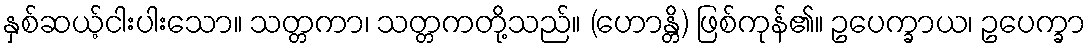
နှစ်ဆယ့်ငါးပါးသော။ သတ္တကာ၊ သတ္တကတို့သည်။ (ဟောန္တိ) ဖြစ်ကုန်၏။ ဥပေက္ခာယ၊ ဥပေက္ခာ